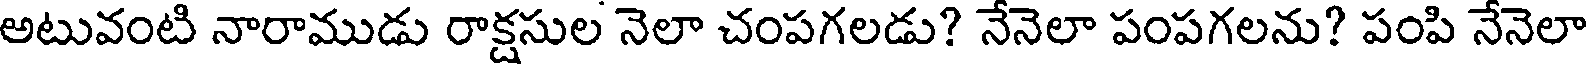
అటువంటి నారాముడు రాక్షసుల నెలా చంపగలడు? నేనెలా పంపగలను? పంపి నేనెలా